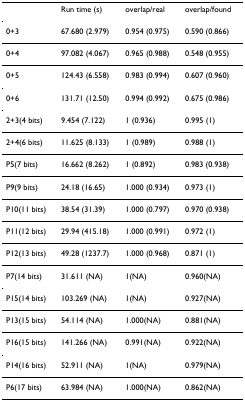
<table><thead><tr><td></td><td><b>Run time (s)</b></td><td><b>overlap/real</b></td><td><b>overlap/found</b></td></tr></thead><tbody><tr><td>0+3</td><td>67.680 (2.979)</td><td>0.954 (0.975)</td><td>0.590 (0.866)</td></tr><tr><td>0+4</td><td>97.082 (4.067)</td><td>0.965 (0.988)</td><td>0.548 (0.955)</td></tr><tr><td>0+5</td><td>124.43 (6.558)</td><td>0.983 (0.994)</td><td>0.607 (0.960)</td></tr><tr><td>0+6</td><td>131.71 (12.50)</td><td>0.994 (0.992)</td><td>0.675 (0.986)</td></tr><tr><td>2+3(4 bits)</td><td>9.454 (7.122)</td><td>1 (0.936)</td><td>0.995 (1)</td></tr><tr><td>2+4(6 bits)</td><td>11.625 (8.133)</td><td>1 (0.989)</td><td>0.988 (1)</td></tr><tr><td>P5(7 bits)</td><td>16.662 (8.262)</td><td>1 (0.892)</td><td>0.983 (0.938)</td></tr><tr><td>P9(9 bits)</td><td>24.18 (16.65)</td><td>1.000 (0.934)</td><td>0.973 (1)</td></tr><tr><td>P10(11 bits)</td><td>38.54 (31.39)</td><td>1.000 (0.797)</td><td>0.970 (0.938)</td></tr><tr><td>P11(12 bits)</td><td>29.94 (415.18)</td><td>1.000 (0.991)</td><td>0.972 (1)</td></tr><tr><td>P12(13 bits)</td><td>49.28 (1237.7)</td><td>1.000 (0.968)</td><td>0.871 (1)</td></tr><tr><td>P7(14 bits)</td><td>31.611 (NA)</td><td>1(NA)</td><td>0.960(NA)</td></tr><tr><td>P15(14 bits)</td><td>103.269 (NA)</td><td>1(NA)</td><td>0.927(NA)</td></tr><tr><td>P13(15 bits)</td><td>54.114 (NA)</td><td>1.000(NA)</td><td>0.881(NA)</td></tr><tr><td>P16(15 bits)</td><td>141.266 (NA)</td><td>0.991(NA)</td><td>0.922(NA)</td></tr><tr><td>P14(16 bits)</td><td>52.911 (NA)</td><td>1(NA)</td><td>0.979(NA)</td></tr><tr><td>P6(17 bits)</td><td>63.984 (NA)</td><td>1.000(NA)</td><td>0.862(NA)</td></tr></tbody></table>